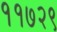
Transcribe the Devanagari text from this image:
११७२९